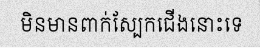
មិនមានពាក់ស្បែកជើងនោះទេ